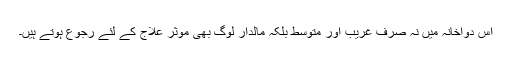
اس دواخانہ میں نہ صرف غریب اور متوسط بلکہ مالدار لوگ بھی موثر علاج کے لئے رجوع ہوتے ہیں۔